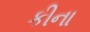
કીના